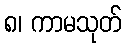
၈၊ ကာမသုတ်